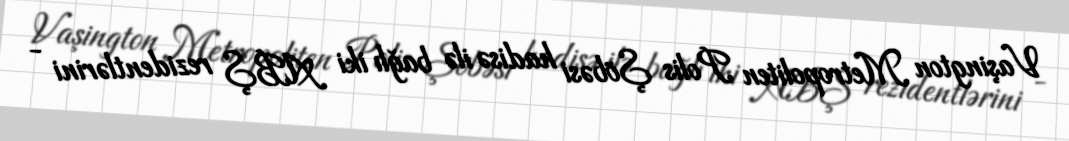
Vaşington Metropoliten Polis Şöbəsi hadisə ilə bağlı iki ABŞ rezidentlərini -